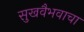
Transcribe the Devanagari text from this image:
सुखवैभवाचा